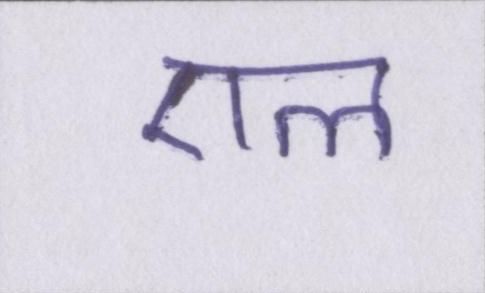
एल